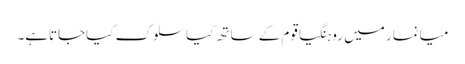
میانمار میں روہنگیاقوم کے ساتھ کیاسلوک کیاجاتاہے۔